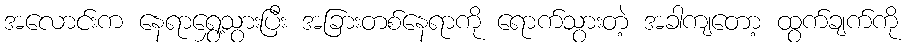
အလောင်းက နေရာရွှေ့သွားပြီး အခြားတစ်နေရာကို ရောက်သွားတဲ့ အခါကျတော့ ထွက်ချက်ကို